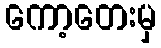
ကော့တေးမှ